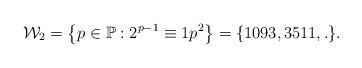
LaTeX: \begin{align*}\mathcal{W}_2=\left\{ p\in \mathbb{P}:2^{p-1}\equiv 1 p^2 \right\}=\{ 1093, 3511, . \}. \end{align*}